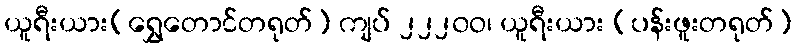
ယူရီးယား(ရွှေတောင်တရုတ်) ကျပ် ၂၂၂၀ဝ၊ ယူရီးယား (ပန်းဖူးတရုတ်)